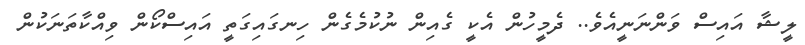
ލީޝާ އައިސް ވަންނަނީއެވެ.. ދެމީހުން އެކީ ގެއިން ނުކުމެގެން ހިނގައިގަތީ އައިސްކޯން ވިއްކާތަނަކުން